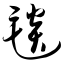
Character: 毯